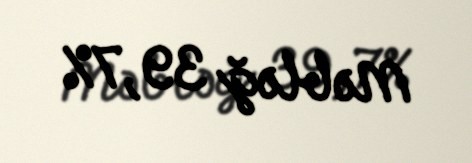
Məbləğ 39,7%